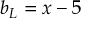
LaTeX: \, b _ { L } = x - 5